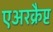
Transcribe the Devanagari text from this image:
एअरक्रैप्ट